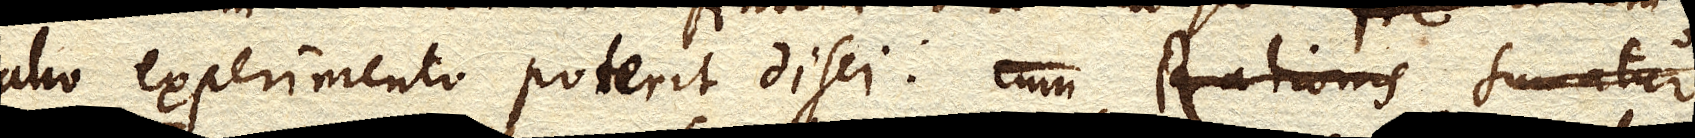
alio experimento poterit disci. Cum Rationis Sumatur